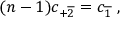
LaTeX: ( n - 1 ) c _ { + \overline { { { 2 } } } } = c _ { \overline { { { 1 } } } } \ ,